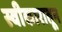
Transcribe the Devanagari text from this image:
स्वीकारातून